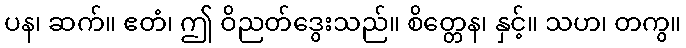
ပန၊ ဆက်။ ဧတံ၊ ဤ ဝိညတ်ဒွေးသည်။ စိတ္တေန၊ နှင့်။ သဟ၊ တကွ။